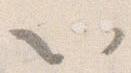
以